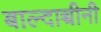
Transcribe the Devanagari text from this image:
बाल्दाच्चीनी